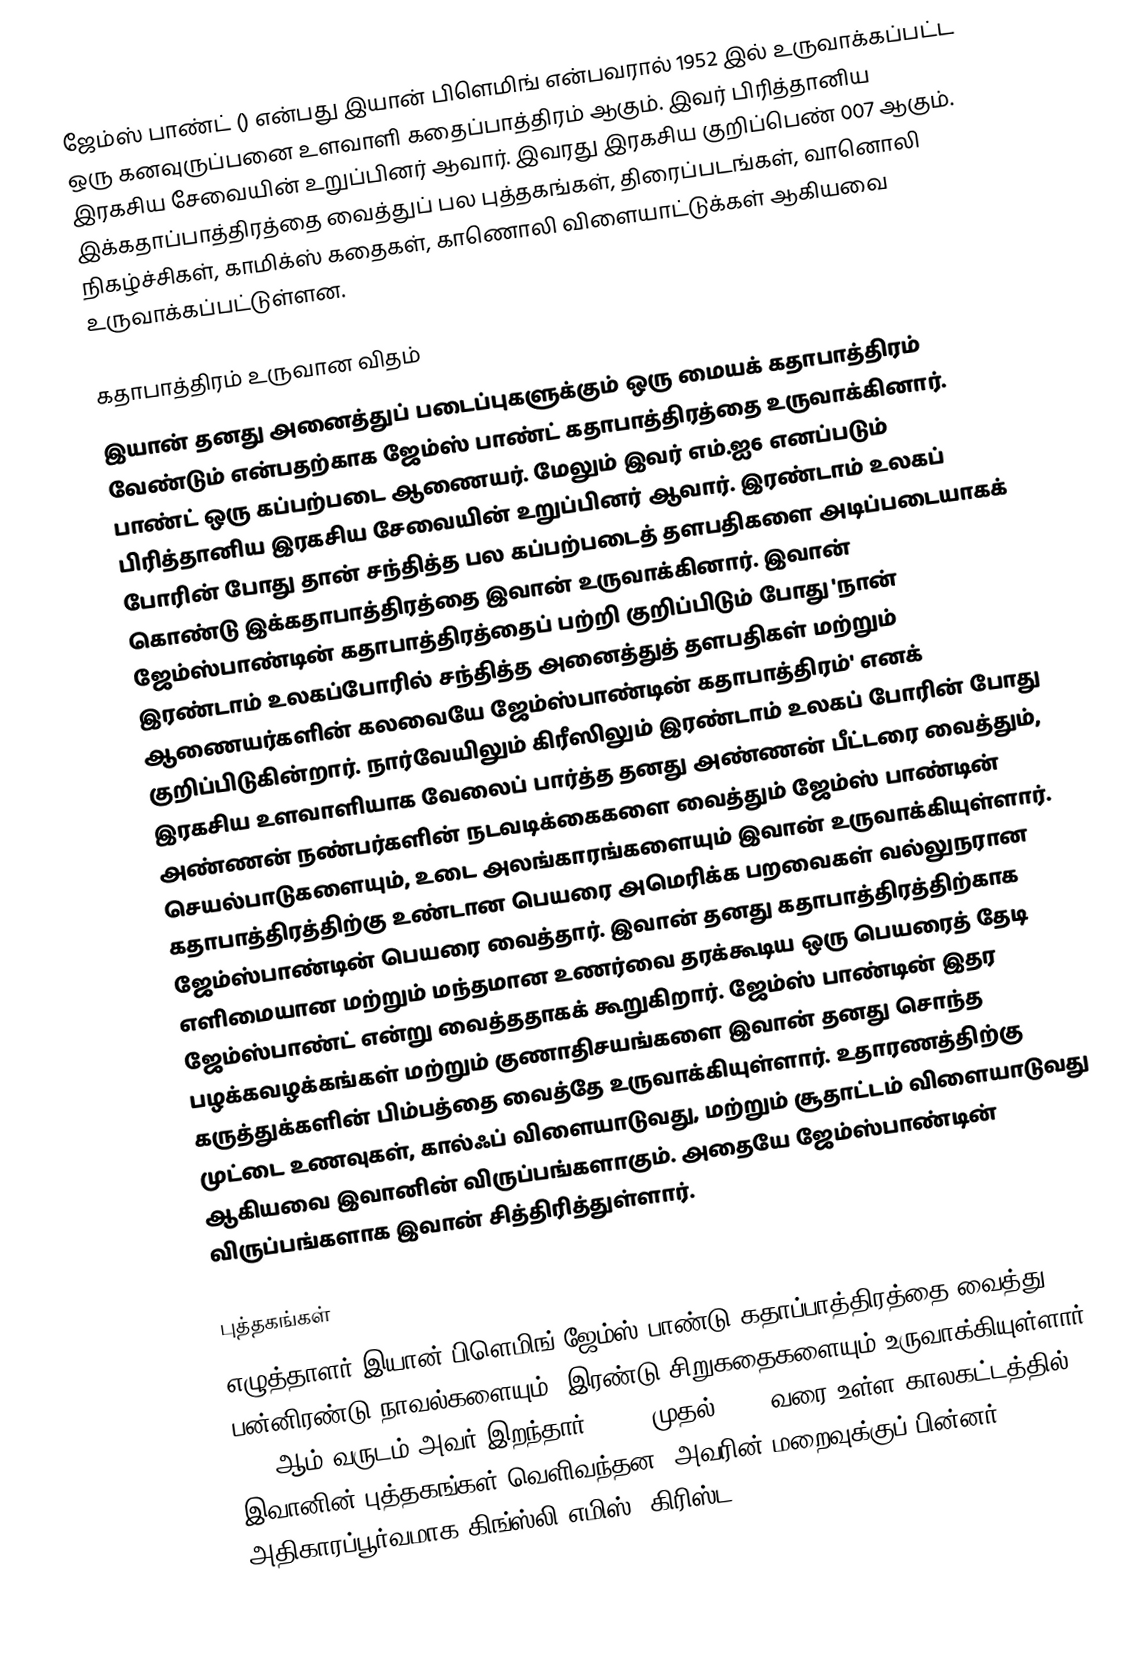
ஜேம்ஸ் பாண்ட் () என்பது இயான் பிளெமிங் என்பவரால் 1952 இல் உருவாக்கப்பட்ட ஒரு கனவுருப்பனை உளவாளி கதைப்பாத்திரம் ஆகும். இவர் பிரித்தானிய இரகசிய சேவையின் உறுப்பினர் ஆவார். இவரது இரகசிய குறிப்பெண் 007 ஆகும். இக்கதாப்பாத்திரத்தை வைத்துப் பல புத்தகங்கள், திரைப்படங்கள், வானொலி நிகழ்ச்சிகள், காமிக்ஸ் கதைகள், காணொலி விளையாட்டுக்கள் ஆகியவை உருவாக்கப்பட்டுள்ளன.

கதாபாத்திரம் உருவான விதம்
இயான் தனது அனைத்துப் படைப்புகளுக்கும் ஒரு மையக் கதாபாத்திரம் வேண்டும் என்பதற்காக ஜேம்ஸ் பாண்ட் கதாபாத்திரத்தை உருவாக்கினார். பாண்ட் ஒரு கப்பற்படை ஆணையர். மேலும் இவர் எம்.ஐ6 எனப்படும் பிரித்தானிய இரகசிய சேவையின் உறுப்பினர் ஆவார். இரண்டாம் உலகப் போரின் போது தான் சந்தித்த பல கப்பற்படைத் தளபதிகளை அடிப்படையாகக் கொண்டு இக்கதாபாத்திரத்தை இவான் உருவாக்கினார். இவான் ஜேம்ஸ்பாண்டின் கதாபாத்திரத்தைப் பற்றி குறிப்பிடும் போது 'நான் இரண்டாம் உலகப்போரில் சந்தித்த அனைத்துத் தளபதிகள் மற்றும் ஆணையர்களின் கலவையே ஜேம்ஸ்பாண்டின் கதாபாத்திரம்' எனக் குறிப்பிடுகின்றார். நார்வேயிலும் கிரீஸிலும் இரண்டாம் உலகப் போரின் போது இரகசிய உளவாளியாக வேலைப் பார்த்த தனது அண்ணன் பீட்டரை வைத்தும், அண்ணன் நண்பர்களின் நடவடிக்கைகளை வைத்தும் ஜேம்ஸ் பாண்டின் செயல்பாடுகளையும், உடை அலங்காரங்களையும் இவான் உருவாக்கியுள்ளார். கதாபாத்திரத்திற்கு உண்டான பெயரை அமெரிக்க பறவைகள் வல்லுநரான ஜேம்ஸ்பாண்டின் பெயரை வைத்தார். இவான் தனது கதாபாத்திரத்திற்காக எளிமையான மற்றும் மந்தமான உணர்வை தரக்கூடிய ஒரு பெயரைத் தேடி ஜேம்ஸ்பாண்ட் என்று வைத்ததாகக் கூறுகிறார். ஜேம்ஸ் பாண்டின் இதர பழக்கவழக்கங்கள் மற்றும் குணாதிசயங்களை இவான் தனது சொந்த கருத்துக்களின்  பிம்பத்தை வைத்தே உருவாக்கியுள்ளார். உதாரணத்திற்கு முட்டை உணவுகள், கால்ஃப் விளையாடுவது, மற்றும் சூதாட்டம் விளையாடுவது ஆகியவை இவானின் விருப்பங்களாகும். அதையே ஜேம்ஸ்பாண்டின் விருப்பங்களாக இவான் சித்திரித்துள்ளார்.

புத்தகங்கள்
எழுத்தாளர் இயான் பிளெமிங் ஜேம்ஸ் பாண்டு கதாப்பாத்திரத்தை வைத்து பன்னிரண்டு நாவல்களையும், இரண்டு சிறுகதைகளையும் உருவாக்கியுள்ளார். 1964ஆம் வருடம் அவர் இறந்தார். 1953 முதல் 1966 வரை உள்ள காலகட்டத்தில் இவானின் புத்தகங்கள் வெளிவந்தன. அவரின் மறைவுக்குப் பின்னர் அதிகாரப்பூர்வமாக கிங்ஸ்லி எமிஸ், கிரிஸ்ட